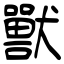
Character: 獸